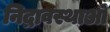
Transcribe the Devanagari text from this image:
निद्रावस्थाओं